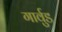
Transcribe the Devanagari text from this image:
गार्वुड